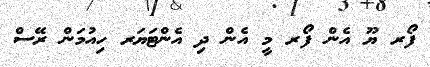
ފޯރ ޔޫ އެން ފޯރ މީ އެން ދި އެންޓަޔަރ ހިއުމަން ރޭސް